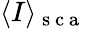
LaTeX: \langle I\rangle_{\mathrm{~s~c~a~}}